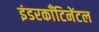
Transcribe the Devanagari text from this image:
इंडरकाँटिनेंटल